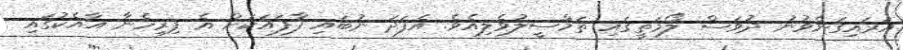
އަރައިގަނެވުނު ދުވަސް ލޯމަތީގައި ތަމްސީލުވެލިއެވެ. އެފަދަ ނުބައި ފާފައަކަށް އެ ފިރިހެނާ އާއެކުގައި